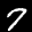
Label: 7